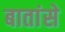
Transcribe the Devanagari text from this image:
बातांसे